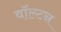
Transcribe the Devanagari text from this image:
वाॅल्टन